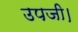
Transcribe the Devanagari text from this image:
उपजी।